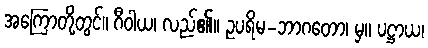
အကြောတို့တွင်။ ဂီဝါယ၊ လည်၏။ ဥပရိမ-ဘာဂတော၊ မှ။ ပဋ္ဌာယ၊